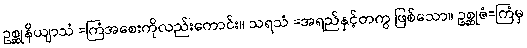
ဥစ္ဆုနိယျာသံ =ကြံအစေးကိုလည်းကောင်း။ သရသံ =အရည်နှင့်တကွ ဖြစ်သော။ ဥစ္ဆုဇံ=ကြံမှ